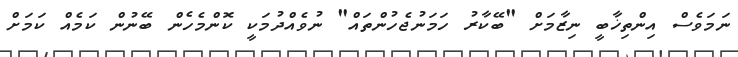
ނަމަވެސް އިންތިޚާބީ ނިޒާމަށް "ބޭކާރު ހަމަނުޖެހުންތައް" ނުވެއްދުމަކީ ކޮންމެހެން ބޭނުން ކަމެއް ކަމަށް